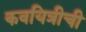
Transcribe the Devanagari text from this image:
कवयित्रीची